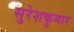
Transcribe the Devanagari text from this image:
सुरेशकुमार